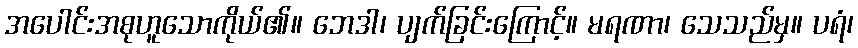
အပေါင်းအစုဟူသောကိုယ်၏။ ဘေဒါ၊ ပျက်ခြင်းကြောင့်။ မရဏာ၊ သေသည်မှ။ ပရံ၊